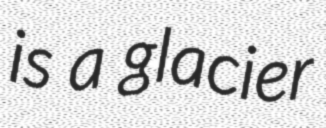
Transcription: is a glacier